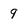
Character: 9